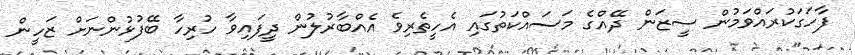
ފާހަގަކުރައްވަމުން ސީޒަން ދޭއްގެ މަސައްކަތުގައި އެހީތެރިވެ އެއްބާރުލުން ދީފައިވާ ހުރިހާ ބޭފުޅުންނަށް ޒަހީން